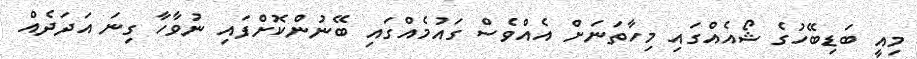
މިއީ ބަޑިބޭހުގެ ޝޯއެއްގައި މިހާތަނަށް އެއްވެސް ގައުމެއްގައި ބޭނުންކޮށްފައި ނުވާހާ ގިނަ އަދަދެއް